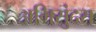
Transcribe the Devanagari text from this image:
अभिसुंदरा